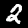
Label: 2